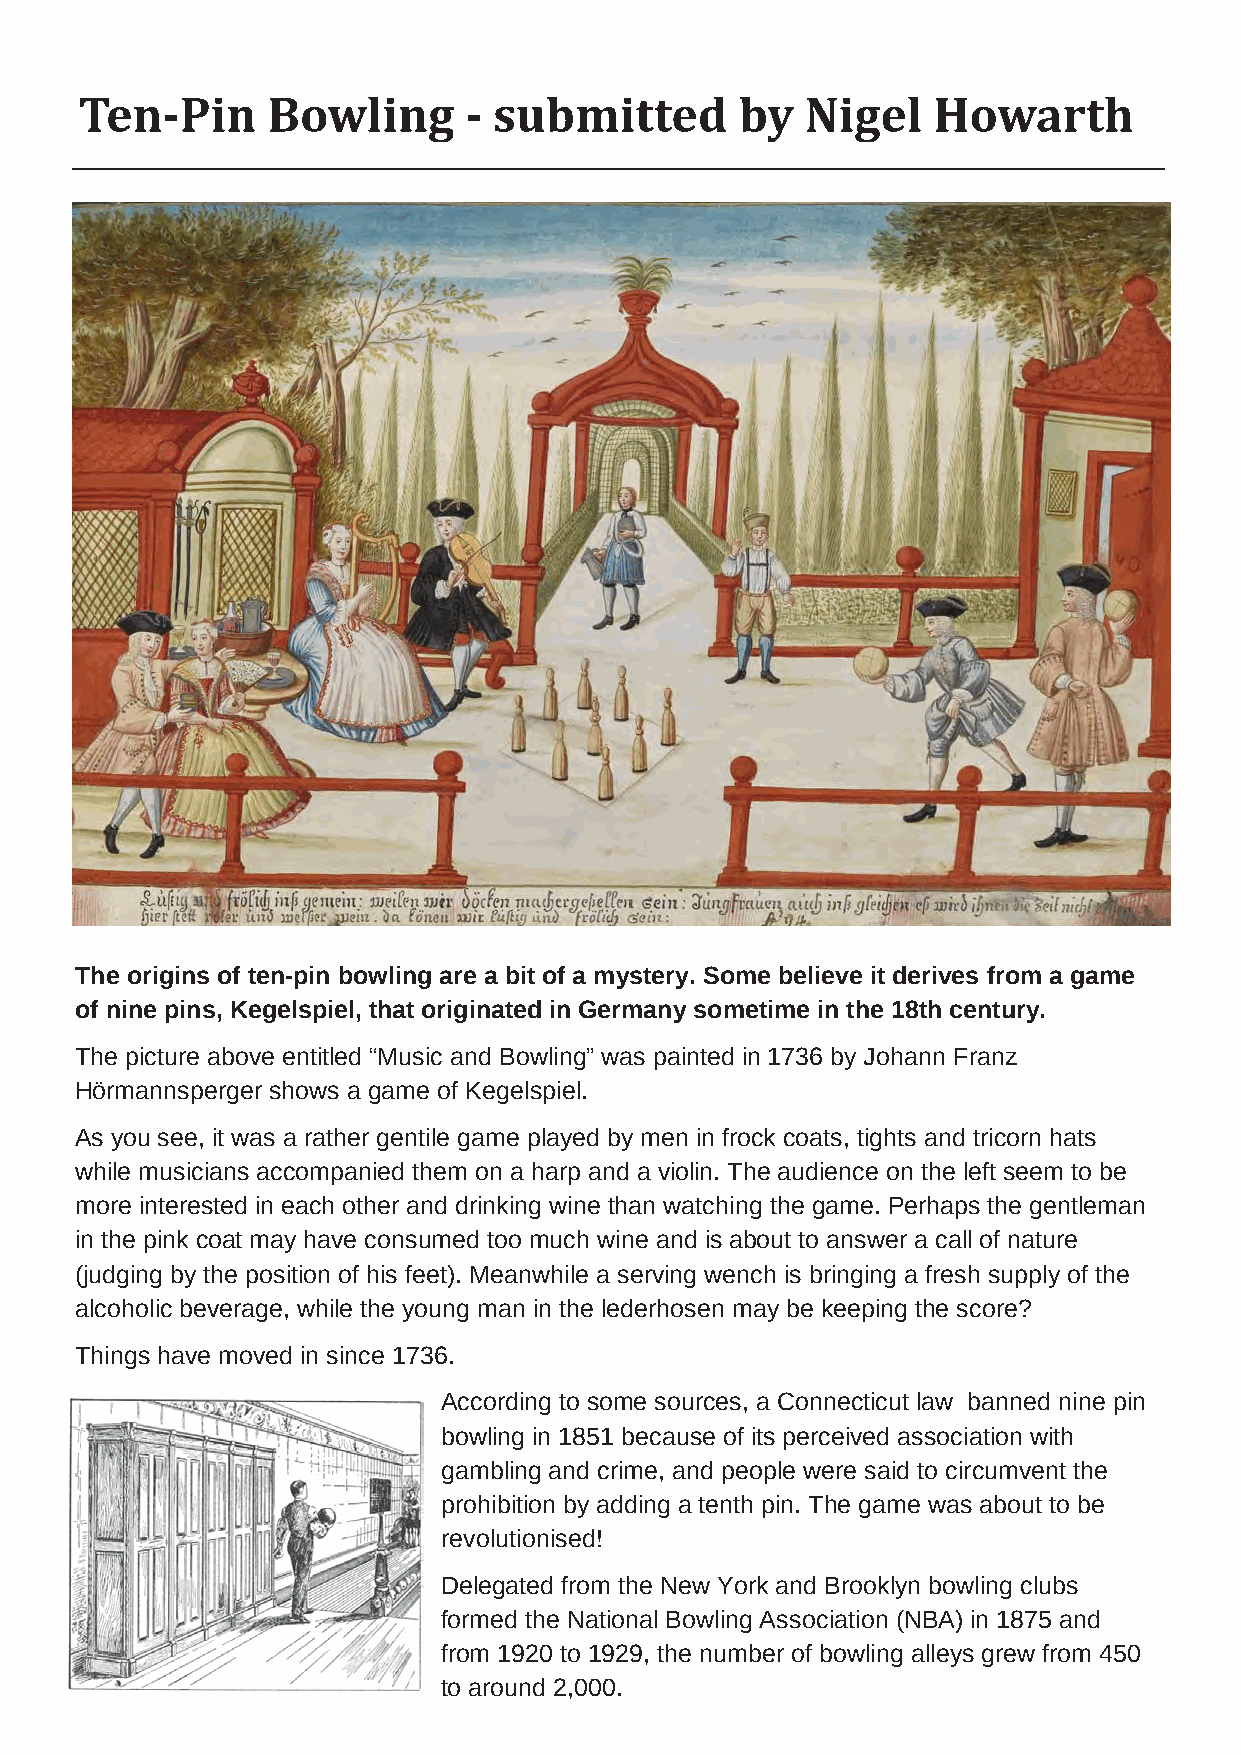
Ten-Pin      Bowling      - submitted       by  Nigel    Howarth
 The origins of ten-pin bowling are a bit of a mystery. Some believe it derives from a game
 of nine pins, Kegelspiel, that originated in Germany sometime in the 18th century.
 The picture above entitled “Music and Bowling” was painted in 1736 by Johann Franz
 Hörmannsperger shows a game of Kegelspiel.
 As you see, it was a rather gentile game played by men in frock coats, tights and tricorn hats
 while musicians accompanied them on a harp and a violin. The audience on the left seem to be
 more interested in each other and drinking wine than watching the game. Perhaps the gentleman
 in the pink coat may have consumed too much wine and is about to answer a call of nature
 (judging by the position of his feet). Meanwhile a serving wench is bringing a fresh supply of the
 alcoholic beverage, while the young man in the lederhosen may be keeping the score?
 Things have moved in since 1736.
 According to some sources, a Connecticut law banned nine pin
 bowling in 1851 because of its perceived association with
 gambling and crime, and people were said to circumvent the
 prohibition by adding a tenth pin. The game was about to be
 revolutionised!
 Delegated from the New York and Brooklyn bowling clubs
 formed the National Bowling Association (NBA) in 1875 and
 from 1920 to 1929, the number of bowling alleys grew from 450
 to around 2,000.